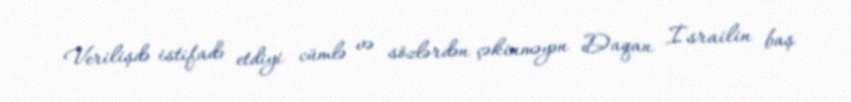
Verilişdə istifadə etdiyi cümlə və sözlərdən çəkinməyən Daqan İsrailin baş